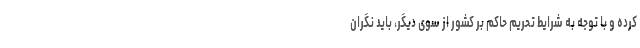
کرده و با توجه به شرایط تحریم حاکم بر کشور از سوی دیگر، باید نگران